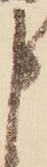
申